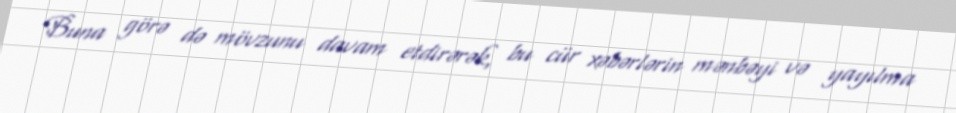
Buna görə də mövzunu davam etdirərək, bu cür xəbərlərin mənbəyi və yayılma